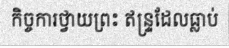
កិច្ចការថ្វាយព្រះ ឥន្ទ្រដែលធ្លាប់